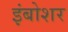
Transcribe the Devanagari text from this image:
इंबोशर